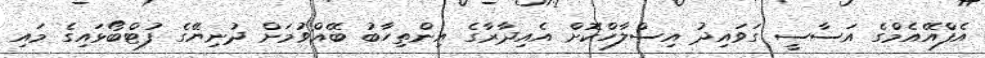
އެފްއޭއެމްގެ އަސާސީ ގަވައިދު އިސްލާހްކޮށް އެއިދާރާގެ އިންތިހާބު ބޭއްވުމަށް ދުނިޔޭގެ ފުޓްބޯޅައިގެ މައި